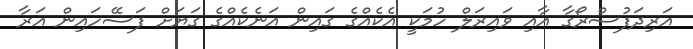
އަރިދަފުސްރޯގާ އާއި ވައިރަލް ހުމަކީ އެކެއްގެ ގައިން އަނެކެއްގެ ގަޔަށް ފަސޭހައިން އަރާ